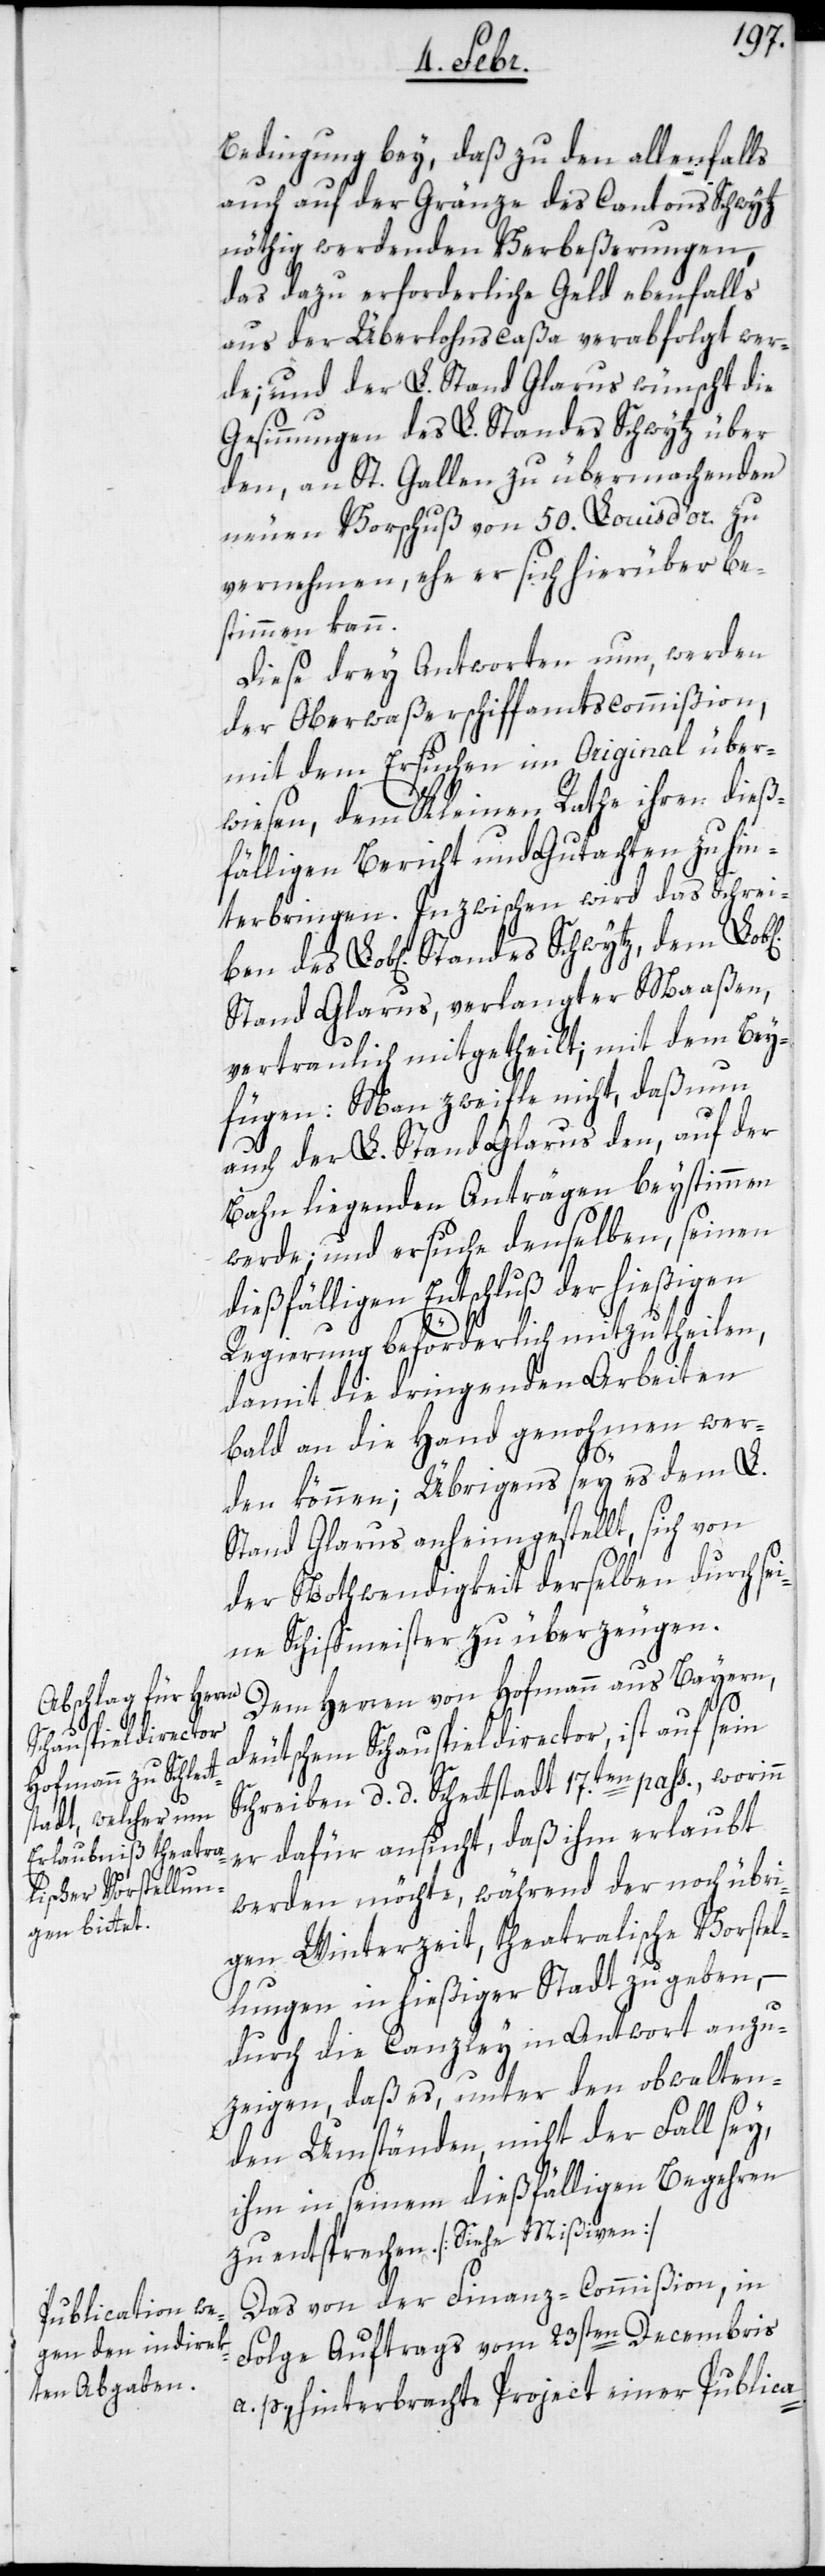
Bedingung bey, daß zu den allenfalls
auch auf der Gränze des Cantons Schwytz
nöthig werdenden Verbeßerungen,
das dazu erforderliche Geld ebenfalls
aus der Überlohnscaßa verabfolgt wer¬
de; und der L. Stand Glarus wünscht die
Gesinnungen des L. Standes Schwytz über
den, an St. Gallen zu übermachenden
neuen Vorschuß von 50. Louisd’or zu
vernehmen, ehe er sich hierüber be¬
stimmen kann.
Diese drey Antworten nun, werden
der Oberwaßerschiffamtscommißion,
mit dem Ersuchen im Original über¬
wiesen, dem Kleinen Rathe ihren dieß¬
fälligen Bericht und Gutachten zu hin¬
terbringen. Inzwischen wird das Schrei¬
Stand Glarus, verlangter Maaßen,
vertraulich mitgetheilt, mit dem Bey¬
fügen: Man zweifle nicht, daß nun
auch der L. Stand Glarus den, auf der
Bahn liegenden Anträgen beystimmen
werde; und ersuche denselben, seinen
dießfälligen Entschluß der hießigen
d. d.
Regierung beförderlich mitzutheilen,
damit die dringenden Arbeiten
bald an die Hand genohmen wer¬
den können; Übrigens sey es dem L.
Stand Glarus anheimgestellt, sich von
der Nothwendigkeit derselben durch se¬
ine Schiffmeister zu überzeugen.
Dem Herren von Hofmann aus Bayern,
deutschem Schauspieldirector, ist auf sein
er dafür ansucht, daß ihm erlaubt
werden möchte, während der noch übri¬
gen Winterzeit, theatralische Vorstel¬
lungen in hießiger Stadt zu geben,
durch die Canzley in Antwort anzu¬
zeigen, daß es, unter den obwalten¬
den Umständen, nicht der Fall sey,
ihm in seinem dießfälligen Begehren
zu entsprechen. [Siehe Mißiven].
Das von der Finanz-Commißion, in
Folge Auftrags vom 23sten Decembris
a. p. hinterbrachte Project einer Publica-